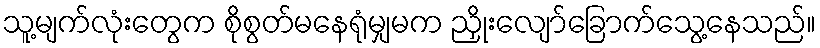
သူ့မျက်လုံးတွေက စိုစွတ်မနေရုံမျှမက ညှိုးလျော်ခြောက်သွေ့နေသည်။